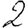
Digit: 2